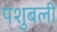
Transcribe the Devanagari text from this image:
पशुबली